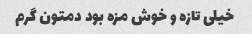
خیلی تازه و خوش مزه بود دمتون گرم